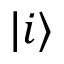
| i \rangle